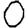
Digit: 0